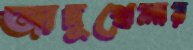
জাদুখেলার